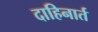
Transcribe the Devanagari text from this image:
दाहिनार्त